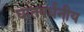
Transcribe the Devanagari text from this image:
घातवर्धनीय